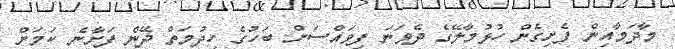
މާދަމާއިން ފެށިގެން ހުޅުމާލޭގެ ދެވަނަ ފިވައްސަށް ބަހުގެ ހިދުމަތް ދޭން ފަށާނެ ކަމަށް